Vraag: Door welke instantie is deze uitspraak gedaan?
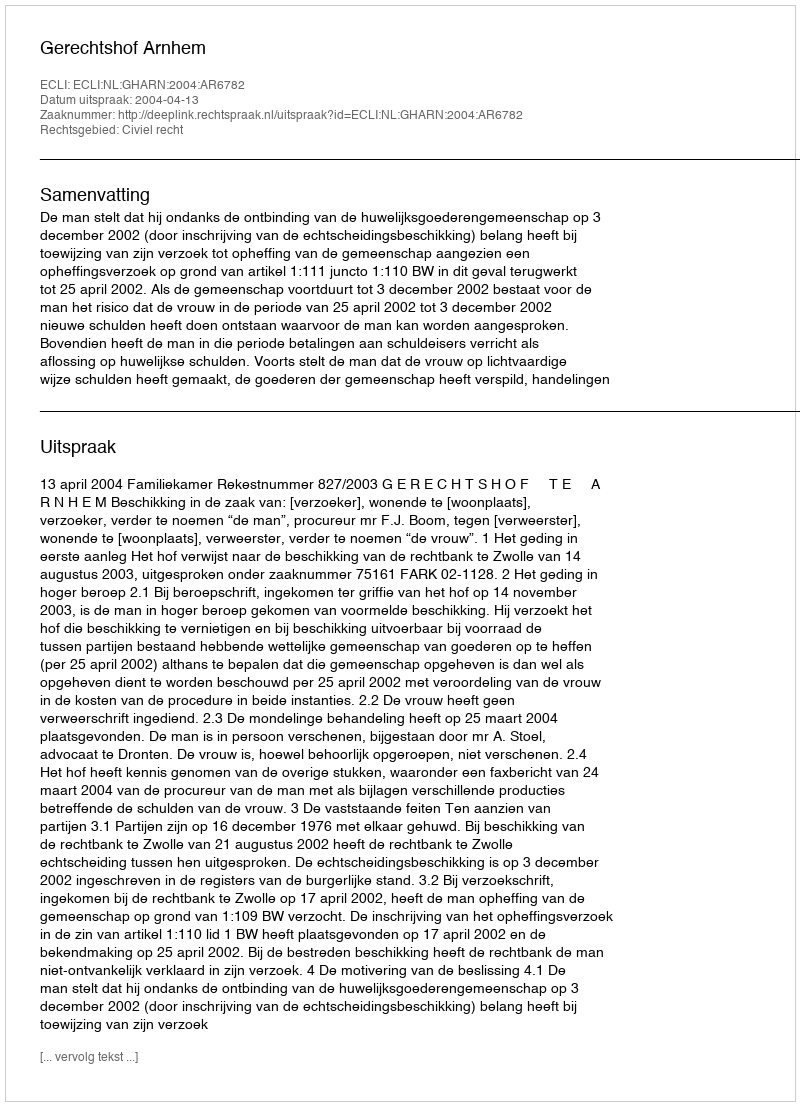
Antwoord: Gerechtshof Arnhem